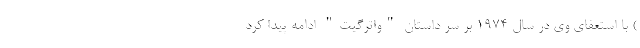
) با استعفای وی در سال 1974 بر سر داستان "واترگیت" ادامه پیدا کرد